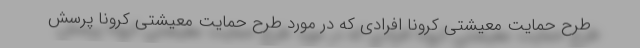
طرح حمایت معیشتی کرونا افرادی که در مورد طرح حمایت معیشتی کرونا پرسش